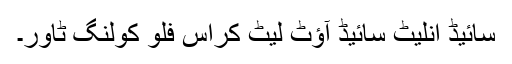
سائیڈ انلیٹ سائیڈ آؤٹ لیٹ کراس فلو کولنگ ٹاور۔